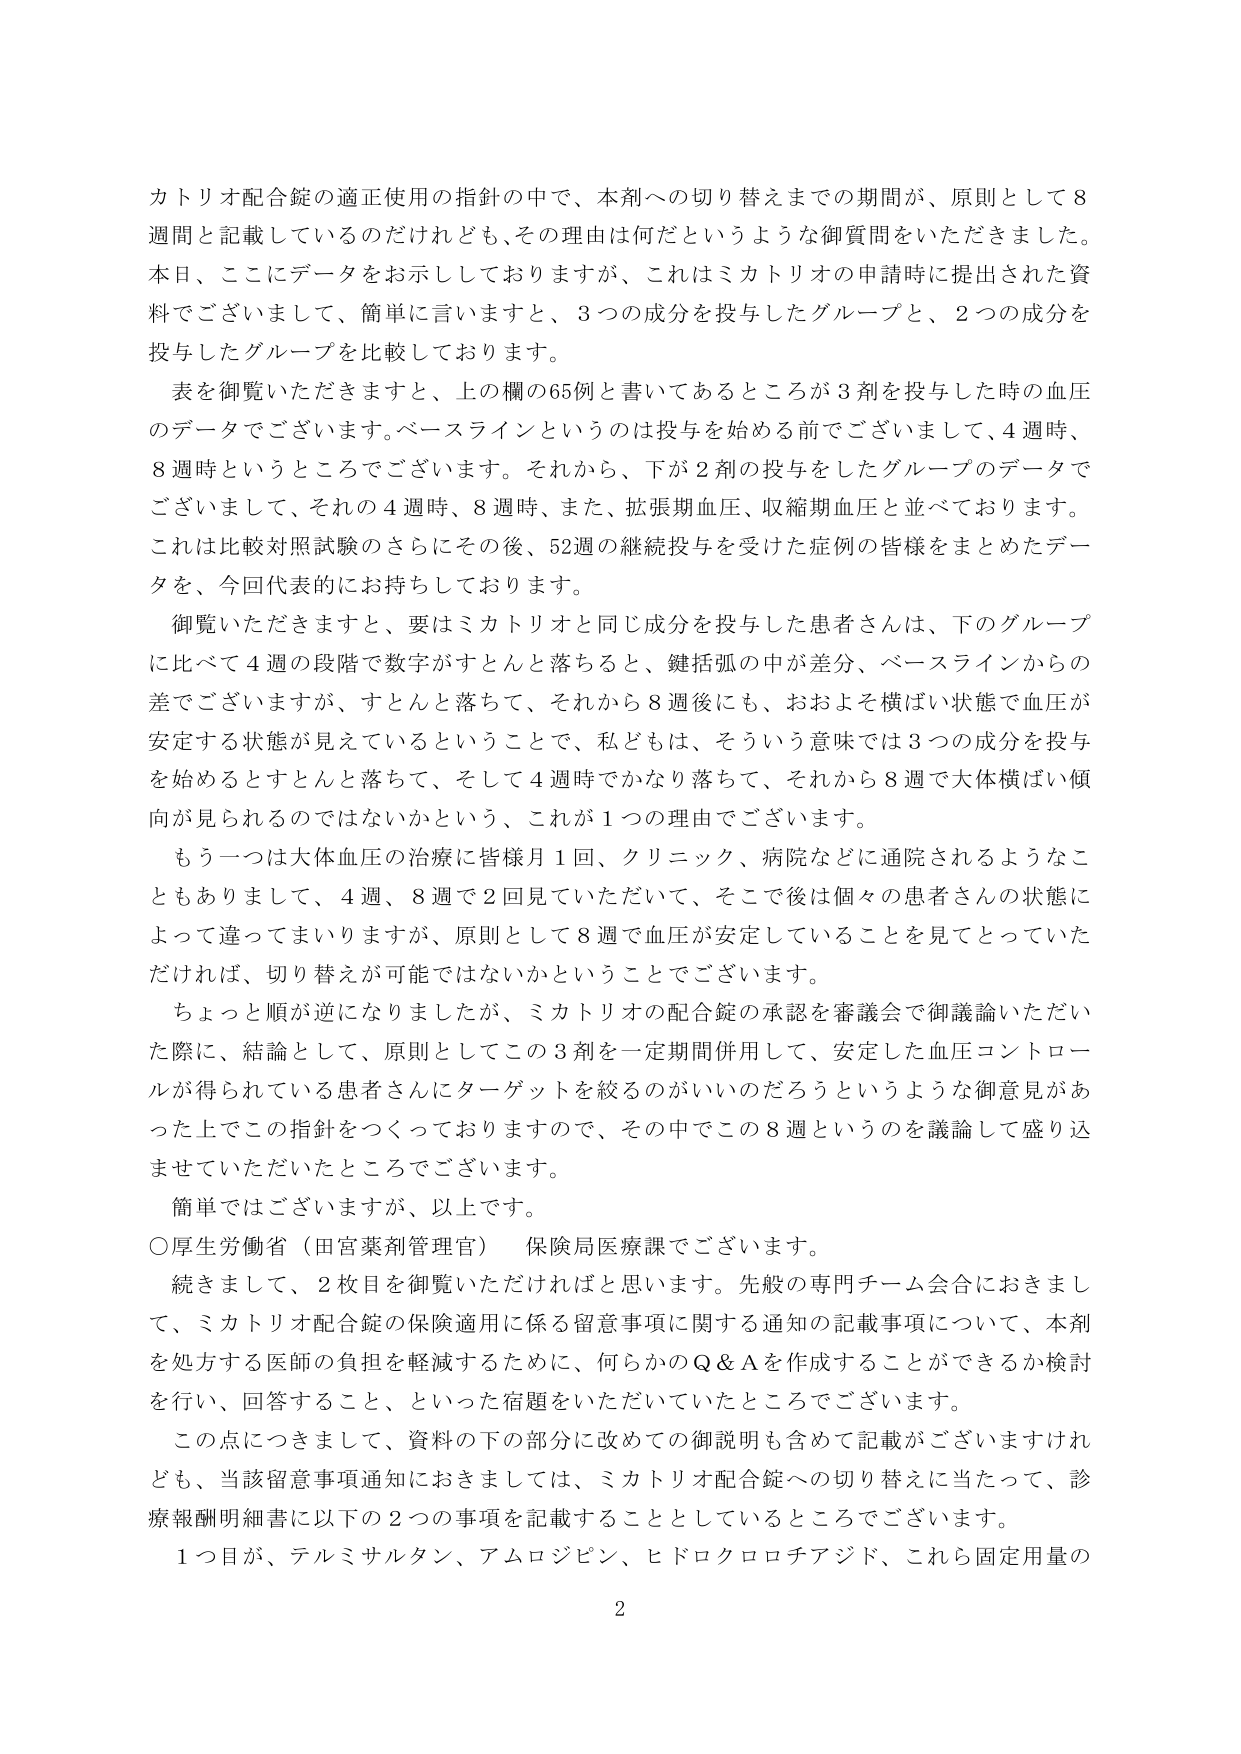
カトリオ配合錠の適正使用の指針の中で、本剤への切り替えまでの期間が、原則として8週間と記載しているのだけれども、その理由は何だというような御質問をいただきました。本日、ここにデータをお示ししておりますが、これはミカトリオの申請時に提出された資料でございまして、簡単に言いますと、3つの成分を投与したグループと、2つの成分を投与したグループを比較しております。

表を御覧いただきますと、上の欄の65例と書いてあるところが3剤を投与した時の血圧のデータでございます。ベースラインというのは投与を始める前でございまして、4週時、8週時というところでございます。それから、下が2剤の投与をしたグループのデータでございまして、それの4週時、8週時、また、拡張期血圧、収縮期血圧と並べております。これは比較対照試験のさらにその後、52週の継続投与を受けた症例の皆様をまとめたデータを、今回代表的にお持ちしております。

御覧いただきますと、要はミカトリオと同じ成分を投与した患者さんは、下のグループに比べて4週の段階で数字がすとんと落ちると、鍵括弧の中が差分、ベースラインからの差でございますが、すとんと落ちて、それから8週後にも、おおよそ横ばい状態で血圧が安定する状態が見ているということで、私どもは、そういう意味では3つの成分を投与を始めるとすとんと落ちて、そして4週時でかなり落ちて、それから8週で大体横ばい傾向が見られるのではないかという、これが1つの理由でございます。

もう一つは大体血圧の治療に皆様月1回、クリニック、病院などに通院されるようなこともありまして、4週、8週で2回見ていただいて、そこで後は個々の患者さんの状態によって違ってまいりますが、原則として8週で血圧が安定していることを見てとっていただければ、切り替えが可能ではないかということでございます。

ちょっと順が逆になりましたが、ミカトリオの配合錠の承認を審議会で御議論いただいた際に、結論として、原則としてこの3剤を一定期間併用して、安定した血圧コントロールが得られている患者さんにターゲットを絞るのがいいのだろうというような御意見があった上でこの指針をつくっておりますので、その中でこの8週というのを議論して盛り込ませていただいたところでございます。

簡単ではございますが、以上です。

○厚生労働省（田宮薬剤管理官） 保険局医療課でございます。

続きまして、2枚目を御覧いただければと思います。先般の専門チーム会合におきまして、ミカトリオ配合錠の保険適用に係る留意事項に関する通知の記載事項について、本剤を処方する医師の負担を軽減するために、何らかのQ＆Aを作成することができるか検討を行い、回答すること、といった宿題をいただいていたところでございます。

この点につきまして、資料の下の部分に改めて御説明も含めて記載がございますけれども、当該留意事項通知におきましては、ミカトリオ配合錠への切り替えに当たって、診療報酬明細書に以下の2つの事項を記載することとしているところでございます。

1つ目が、テルミサルタン、アムロジピン、ヒドロクロロチアジド、これら固定用量の

2